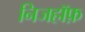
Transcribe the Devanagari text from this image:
निजहॉफ़